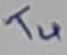
Text: T4